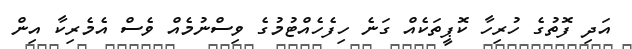
އަދި ފޮތުގެ ހުރިހާ ކޮޕީތަކެއް ގަނެ ހިފެހެއްޓުމުގެ ވިސްނުމެއް ވެސް އެމެރިކާ އިން